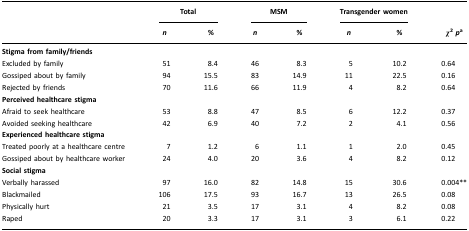
<table><thead><tr><td></td><td colspan="2"><b>Total</b></td><td colspan="2"><b>MSM</b></td><td colspan="2"><b>Transgender women</b></td><td></td></tr><tr><td></td><td><b><i>n</i></b></td><td><b>%</b></td><td><b><i>n</i></b></td><td><b>%</b></td><td><b><i>n</i></b></td><td><b>%</b></td><td><b><i>χ</i><sup>2</sup><i>p</i>a</b></td></tr></thead><tbody><tr><td><b>Stigma from family/friends</b></td><td></td><td></td><td></td><td></td><td></td><td></td><td></td></tr><tr><td>Excluded by family</td><td>51</td><td>8.4</td><td>46</td><td>8.3</td><td>5</td><td>10.2</td><td>0.64</td></tr><tr><td>Gossiped about by family</td><td>94</td><td>15.5</td><td>83</td><td>14.9</td><td>11</td><td>22.5</td><td>0.16</td></tr><tr><td>Rejected by friends</td><td>70</td><td>11.6</td><td>66</td><td>11.9</td><td>4</td><td>8.2</td><td>0.64</td></tr><tr><td><b>Perceived healthcare stigma</b></td><td></td><td></td><td></td><td></td><td></td><td></td><td></td></tr><tr><td>Afraid to seek healthcare</td><td>53</td><td>8.8</td><td>47</td><td>8.5</td><td>6</td><td>12.2</td><td>0.37</td></tr><tr><td>Avoided seeking healthcare</td><td>42</td><td>6.9</td><td>40</td><td>7.2</td><td>2</td><td>4.1</td><td>0.56</td></tr><tr><td><b>Experienced healthcare stigma</b></td><td></td><td></td><td></td><td></td><td></td><td></td><td></td></tr><tr><td>Treated poorly at a healthcare centre</td><td>7</td><td>1.2</td><td>6</td><td>1.1</td><td>1</td><td>2.0</td><td>0.45</td></tr><tr><td>Gossiped about by healthcare worker</td><td>24</td><td>4.0</td><td>20</td><td>3.6</td><td>4</td><td>8.2</td><td>0.12</td></tr><tr><td><b>Social stigma</b></td><td></td><td></td><td></td><td></td><td></td><td></td><td></td></tr><tr><td>Verbally harassed</td><td>97</td><td>16.0</td><td>82</td><td>14.8</td><td>15</td><td>30.6</td><td>0.004**</td></tr><tr><td>Blackmailed</td><td>106</td><td>17.5</td><td>93</td><td>16.7</td><td>13</td><td>26.5</td><td>0.08</td></tr><tr><td>Physically hurt</td><td>21</td><td>3.5</td><td>17</td><td>3.1</td><td>4</td><td>8.2</td><td>0.08</td></tr><tr><td>Raped</td><td>20</td><td>3.3</td><td>17</td><td>3.1</td><td>3</td><td>6.1</td><td>0.22</td></tr></tbody></table>